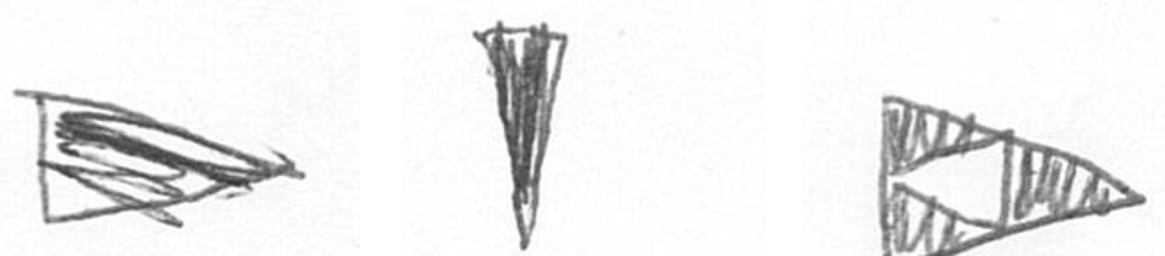
T J K